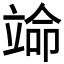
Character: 𬔣